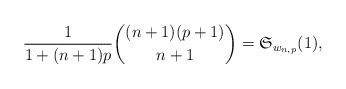
\begin{gather*}{1 \over 1+(n+1)p} {(n+1)(p+1) \choose n+1}=\mathfrak{S}_{w_{n,p}}(1),\end{gather*}